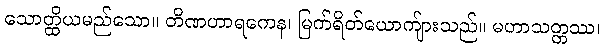
သောတ္ထိယမည်သော။ တိဏဟာရကေန၊ မြက်ရိတ်ယောကျ်ားသည်။ မဟာသတ္တဿ၊